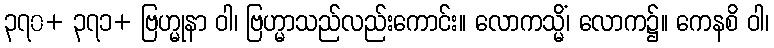
၃၇၀+ ၃၇၁+ ဗြဟ္မုနာ ဝါ၊ ဗြဟ္မာသည်လည်းကောင်း။ လောကသ္မိံ၊ လောက၌။ ကေနစိ ဝါ၊